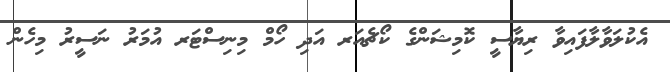
އެކުލަވާލާފައިވާ ރިޔާސީ ކޮމިޝަންގެ ކޯޗެއަރ އަދި ހޯމް މިނިސްޓަރ އުމަރު ނަސީރު މިހެން